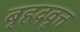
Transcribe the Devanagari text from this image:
बृहदवृत्त